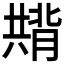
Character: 𭁚